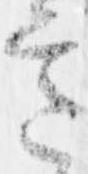
意